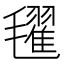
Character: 𣰞